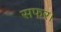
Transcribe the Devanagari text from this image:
सफर।